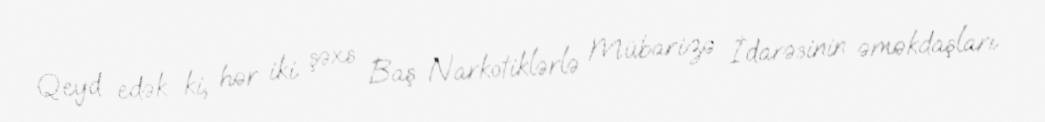
Qeyd edək ki, hər iki şəxs Baş Narkotiklərlə Mübarizə İdarəsinin əməkdaşları